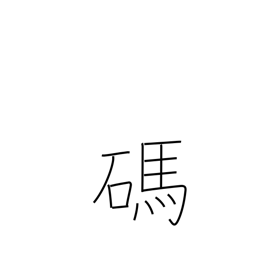
Meaning: number